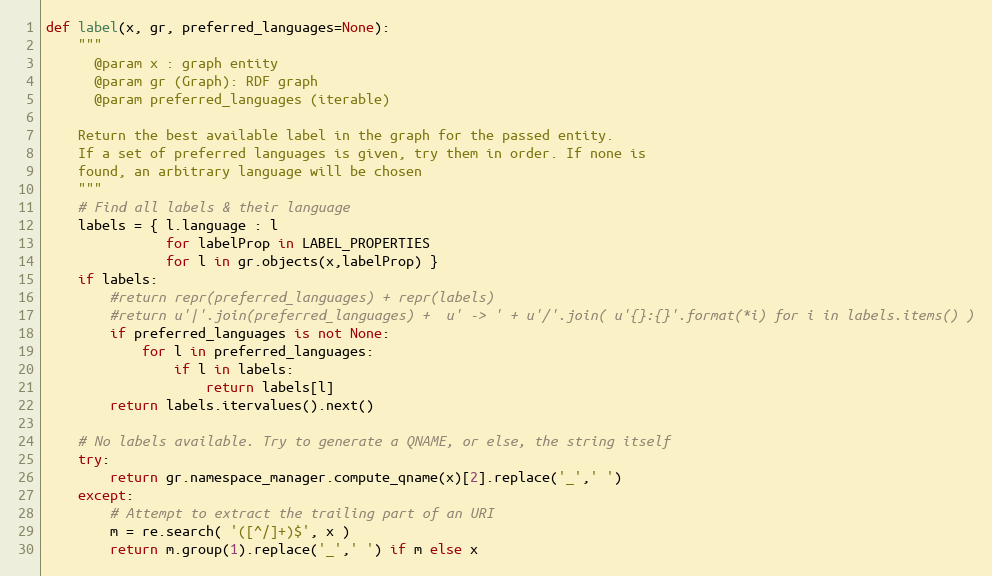
Language: Python
def label(x, gr, preferred_languages=None):
    """
      @param x : graph entity
      @param gr (Graph): RDF graph
      @param preferred_languages (iterable)

    Return the best available label in the graph for the passed entity.
    If a set of preferred languages is given, try them in order. If none is
    found, an arbitrary language will be chosen
    """
    # Find all labels & their language
    labels = { l.language : l
               for labelProp in LABEL_PROPERTIES
               for l in gr.objects(x,labelProp) }
    if labels:
        #return repr(preferred_languages) + repr(labels)
        #return u'|'.join(preferred_languages) +  u' -> ' + u'/'.join( u'{}:{}'.format(*i) for i in labels.items() )
        if preferred_languages is not None:
            for l in preferred_languages:
                if l in labels:
                    return labels[l]
        return labels.itervalues().next()

    # No labels available. Try to generate a QNAME, or else, the string itself
    try:
        return gr.namespace_manager.compute_qname(x)[2].replace('_',' ')
    except:
        # Attempt to extract the trailing part of an URI
        m = re.search( '([^/]+)$', x )
        return m.group(1).replace('_',' ') if m else x